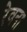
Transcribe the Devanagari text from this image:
रेवना